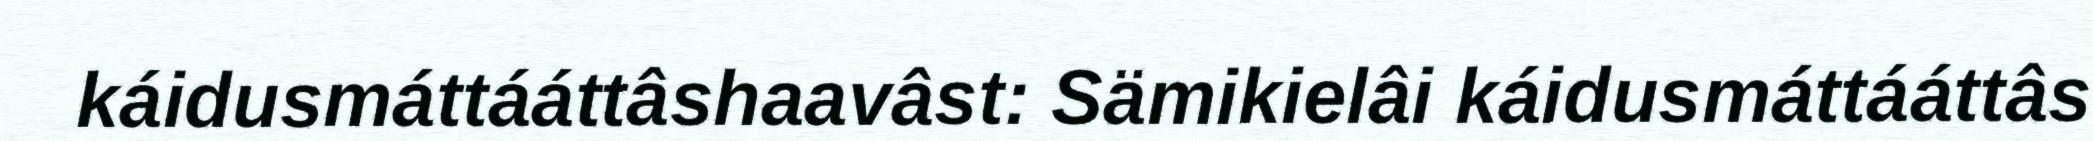
káidusmáttááttâshaavâst: Sämikielâi káidusmáttááttâs